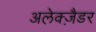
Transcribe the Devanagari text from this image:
अलेक्ज़ैडर